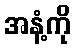
အနံ့ကို